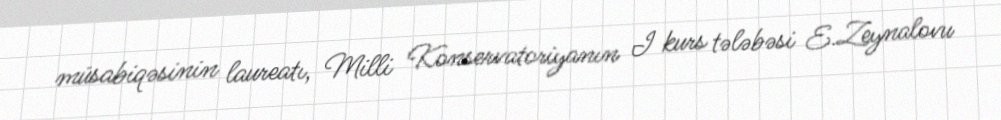
müsabiqəsinin laureatı, Milli Konservatoriyanın I kurs tələbəsi E.Zeynalovu